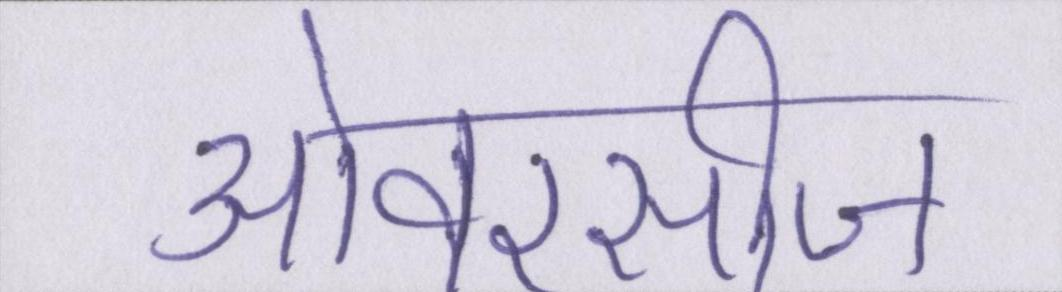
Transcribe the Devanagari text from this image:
ओवरसीज